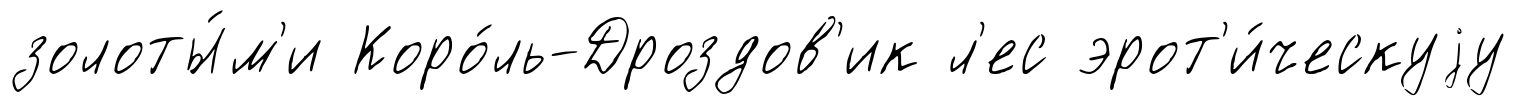
золоты́м'и Коро́ль-Дроздов'ик л'ес эрот'и́ческуjу